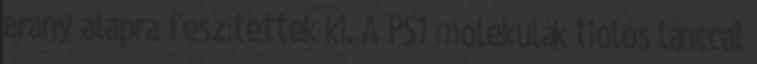
arany alapra feszítették ki. A PS1 molekulák tiolos lánccal